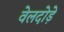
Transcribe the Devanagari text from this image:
वेलदोड़े